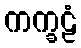
ကက္ခဠံ